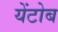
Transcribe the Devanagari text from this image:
येंटोब